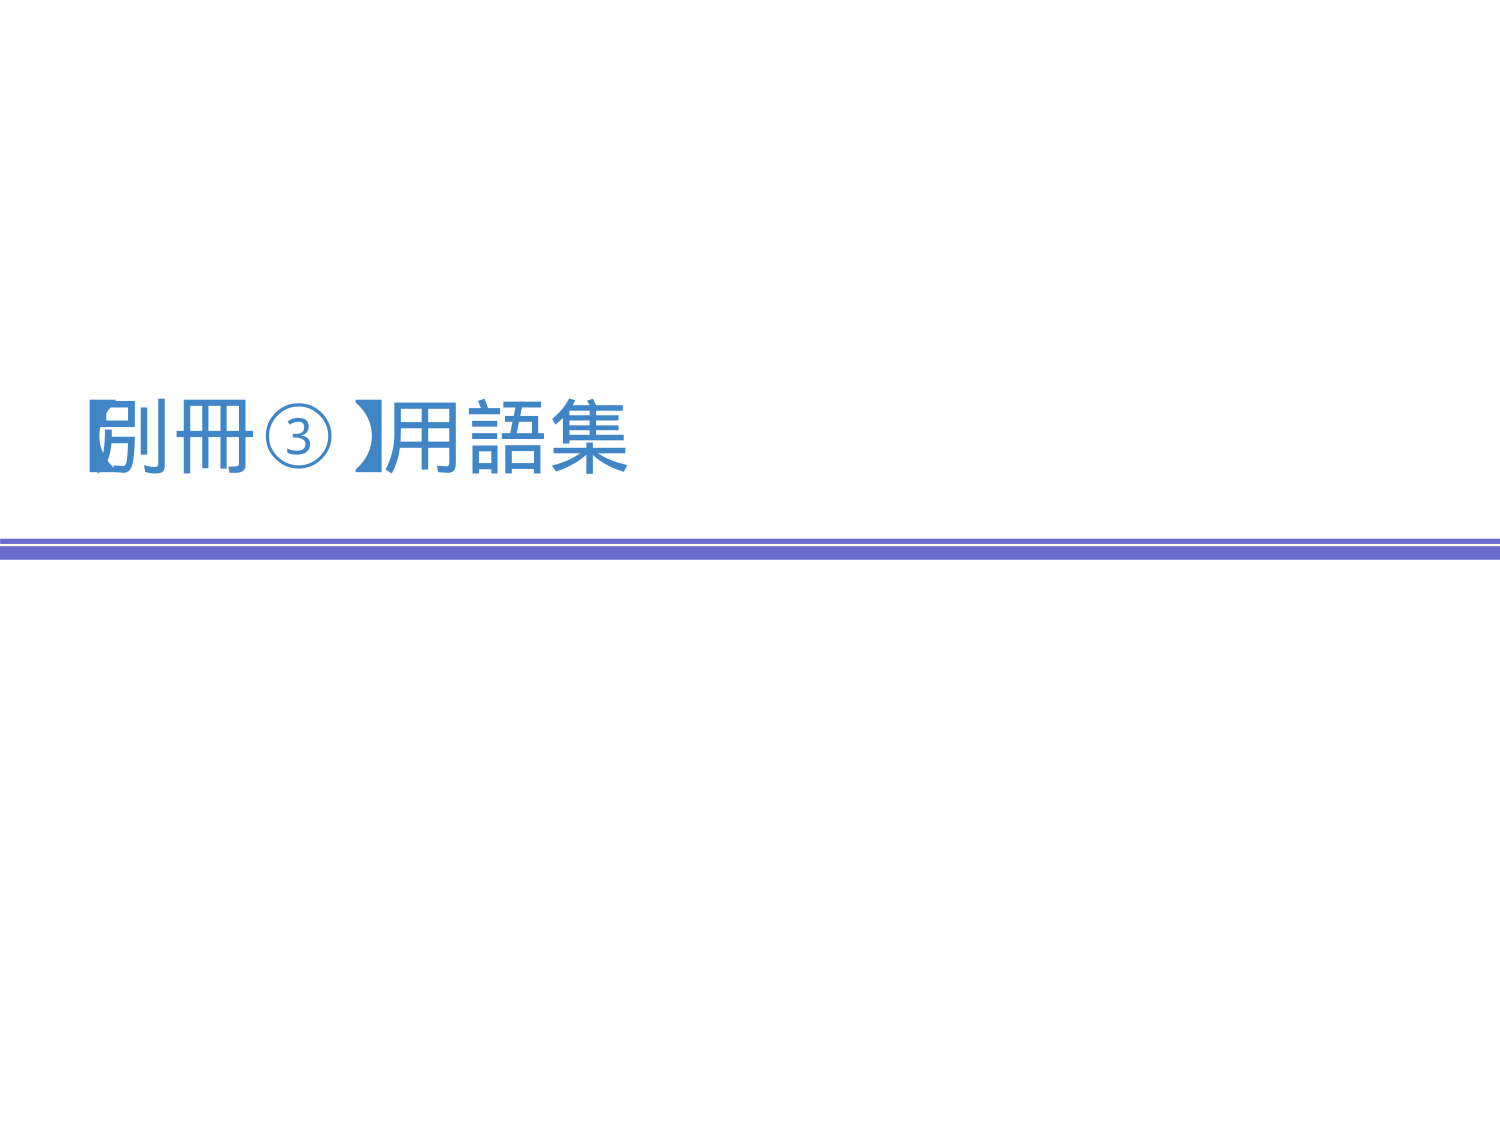
別冊③】用語集